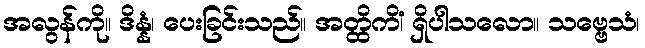
အလွန်ကို။ ဒိန္နံ၊ ပေးခြင်းသည်။ အတ္ထိကိံ၊ ရှိပါသလော။ သဗ္ဗေသံ၊